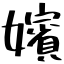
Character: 嬪